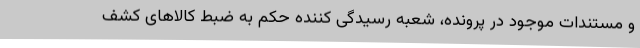
و مستندات موجود در پرونده، شعبه رسیدگی کننده حکم به ضبط کالاهای کشف